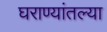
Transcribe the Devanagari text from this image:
घराण्यांतल्या